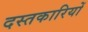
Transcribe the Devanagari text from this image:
दस्तकारियों